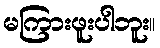
မကြားဖူးပါဘူး။